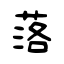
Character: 落